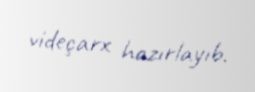
videçarx hazırlayıb.